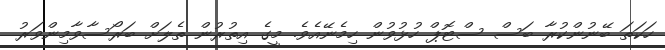
ހަކަތަ ބޭނުންކުރާ ބަސް ސްޓޮޕް ހުޅުވުން ހިމެނޭއެވެ. މީގެ އިތުރުން ތެލަށް ބަރޯސާވާމިންވަރު